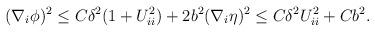
LaTeX: \begin{align*}\begin{aligned}(\nabla_{i} \phi)^2 \leq C \delta^2 (1 + U_{ii}^2) + 2 b^2 (\nabla_{i} \eta)^2 \leq C \delta^2 U_{ii}^2 + C b^2.\end{aligned}\end{align*}